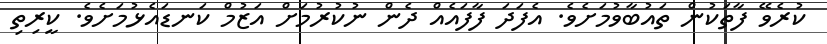
ކުރެވޭ ފާތަކުން ތައުބާވުމަށެވެ. އެފަދަ ފާފައެއް ދެން ނުކުރުމަށް އަޒުމް ކަނޑައެޅުމަށެވެ. ކީރިތި